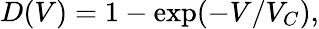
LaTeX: D(V)=1-\exp(-V/V_{C}),